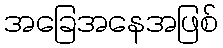
အခြေအနေအဖြစ်